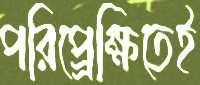
পরিপ্র্রেক্ষিতেই